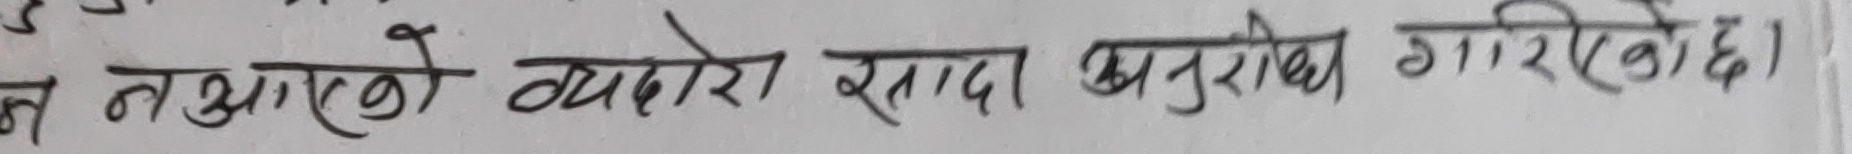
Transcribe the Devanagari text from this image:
नभएको व्यहोरो साथ अनुरोध गरिएको छ।